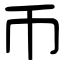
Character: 币